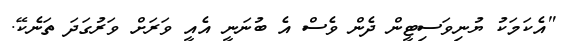
"އެކަމަކު ޔުނިވަސިޓީން ދެން ވެސް އެ ބުނަނީ އެއީ ވަރަށް ވަރުގަދަ ތަނެކޭ.